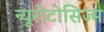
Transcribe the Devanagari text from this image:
न्यूरोटोसिज्म